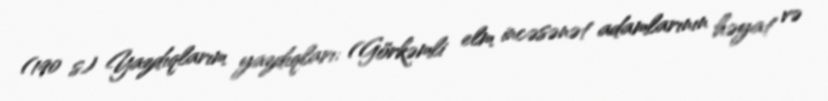
(190 s) Yazdıqlarım yazdıqları: (Görkəmli elm incəsənət adamlarının həyat və